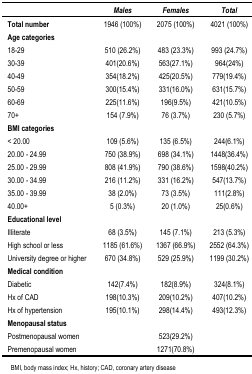
<table><thead><tr><td></td><td><b><i>Males</i></b></td><td><b><i>Females</i></b></td><td><b><i>Total</i></b></td></tr></thead><tbody><tr><td><b>Total number</b></td><td>1946 (100%)</td><td>2075 (100%)</td><td>4021 (100%)</td></tr><tr><td colspan="4"><b>Age categories</b></td></tr><tr><td>18–29</td><td>510 (26.2%)</td><td>483 (23.3%)</td><td>993 (24.7%)</td></tr><tr><td>30–39</td><td>401 (20.6%)</td><td>563 (27.1%)</td><td>964 (24%)</td></tr><tr><td>40–49</td><td>354 (18.2%)</td><td>425 (20.5%)</td><td>779 (19.4%)</td></tr><tr><td>50–59</td><td>300 (15.4%)</td><td>331 (16.0%)</td><td>631 (15.7%)</td></tr><tr><td>60–69</td><td>225 (11.6%)</td><td>196 (9.5%)</td><td>421 (10.5%)</td></tr><tr><td>70+</td><td>154 (7.9%)</td><td>76 (3.7%)</td><td>230 (5.7%)</td></tr><tr><td colspan="4"><b>BMI categories</b></td></tr><tr><td>&lt; 20.00</td><td>109 (5.6%)</td><td>135 (6.5%)</td><td>244(6.1%)</td></tr><tr><td>20.00 – 24.99</td><td>750 (38.9%)</td><td>698 (34.1%)</td><td>1448 (36.4%)</td></tr><tr><td>25.00 – 29.99</td><td>808 (41.9%)</td><td>790 (38.6%)</td><td>1598 (40.2%)</td></tr><tr><td>30.00 – 34.99</td><td>216 (11.2%)</td><td>331 (16.2%)</td><td>547 (13.7%)</td></tr><tr><td>35.00 – 39.99</td><td>38 (2.0%)</td><td>73 (3.5%)</td><td>111 (2.8%)</td></tr><tr><td>40.00+</td><td>5 (0.3%)</td><td>20 (1.0%)</td><td>25 (0.6%)</td></tr><tr><td colspan="4"><b>Educational level</b></td></tr><tr><td>Illiterate</td><td>68 (3.5%)</td><td>145 (7.1%)</td><td>213 (5.3%)</td></tr><tr><td>High school or less</td><td>1185 (61.6%)</td><td>1367 (66.9%)</td><td>2552 (64.3%)</td></tr><tr><td>University degree or higher</td><td>670 (34.8%)</td><td>529 (25.9%)</td><td>1199 (30.2%)</td></tr><tr><td colspan="4"><b>Medical condition</b></td></tr><tr><td>Diabetic</td><td>142 (7.4%)</td><td>182 (8.9%)</td><td>324 (8.1%)</td></tr><tr><td>Hx of CAD</td><td>198 (10.3%)</td><td>209 (10.2%)</td><td>407 (10.2%)</td></tr><tr><td>Hx of hypertension</td><td>195 (10.1%)</td><td>298 (14.4%)</td><td>493 (12.3%)</td></tr><tr><td colspan="4"><b>Menopausal status</b></td></tr><tr><td>Postmenopausal women</td><td></td><td>523 (29.2%)</td><td></td></tr><tr><td>Premenopausal women</td><td></td><td>1271 (70.8%)</td><td></td></tr></tbody></table>